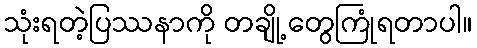
သုံးရတဲ့ပြဿနာကို တချို့တွေကြုံရတာပါ။